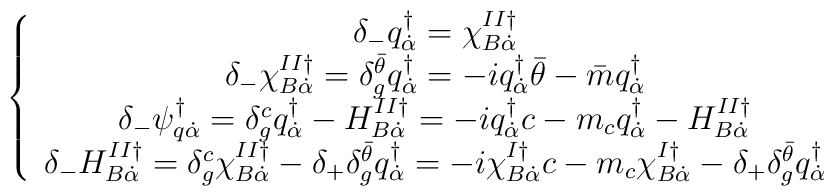
\left\{\begin{array}{c}\delta_-q^\dagger_{\dot{\alpha}}=\chi^{II\dagger}_{B\dot{\alpha}}\\\delta_-\chi^{II\dagger}_{B\dot{\alpha}}=\delta^{\bar{\theta}}_gq^\dagger_{\dot{\alpha}}=-iq^\dagger_{\dot{\alpha}}{\bar{\theta}}-{\bar{m}}q^\dagger_{\dot{\alpha}}\\\delta_-\psi_{q\dot{\alpha}}^\dagger=\delta^c_gq^\dagger_{\dot{\alpha}}-H^{II\dagger}_{B\dot{\alpha}}=-iq^\dagger_{\dot{\alpha}}c-m_cq^\dagger_{\dot{\alpha}}-H^{II\dagger}_{B\dot{\alpha}}\\\delta_-H^{II\dagger}_{B\dot{\alpha}}=\delta^c_g\chi^{II\dagger}_{B\dot{\alpha}}-\delta_+\delta^{\bar{\theta}}_gq^\dagger_{\dot{\alpha}}=-i\chi^{I\dagger}_{B\dot{\alpha}}c-m_c\chi^{I\dagger}_{B\dot{\alpha}}-\delta_+\delta^{\bar{\theta}}_gq^\dagger_{\dot{\alpha}}\end{array}\right.